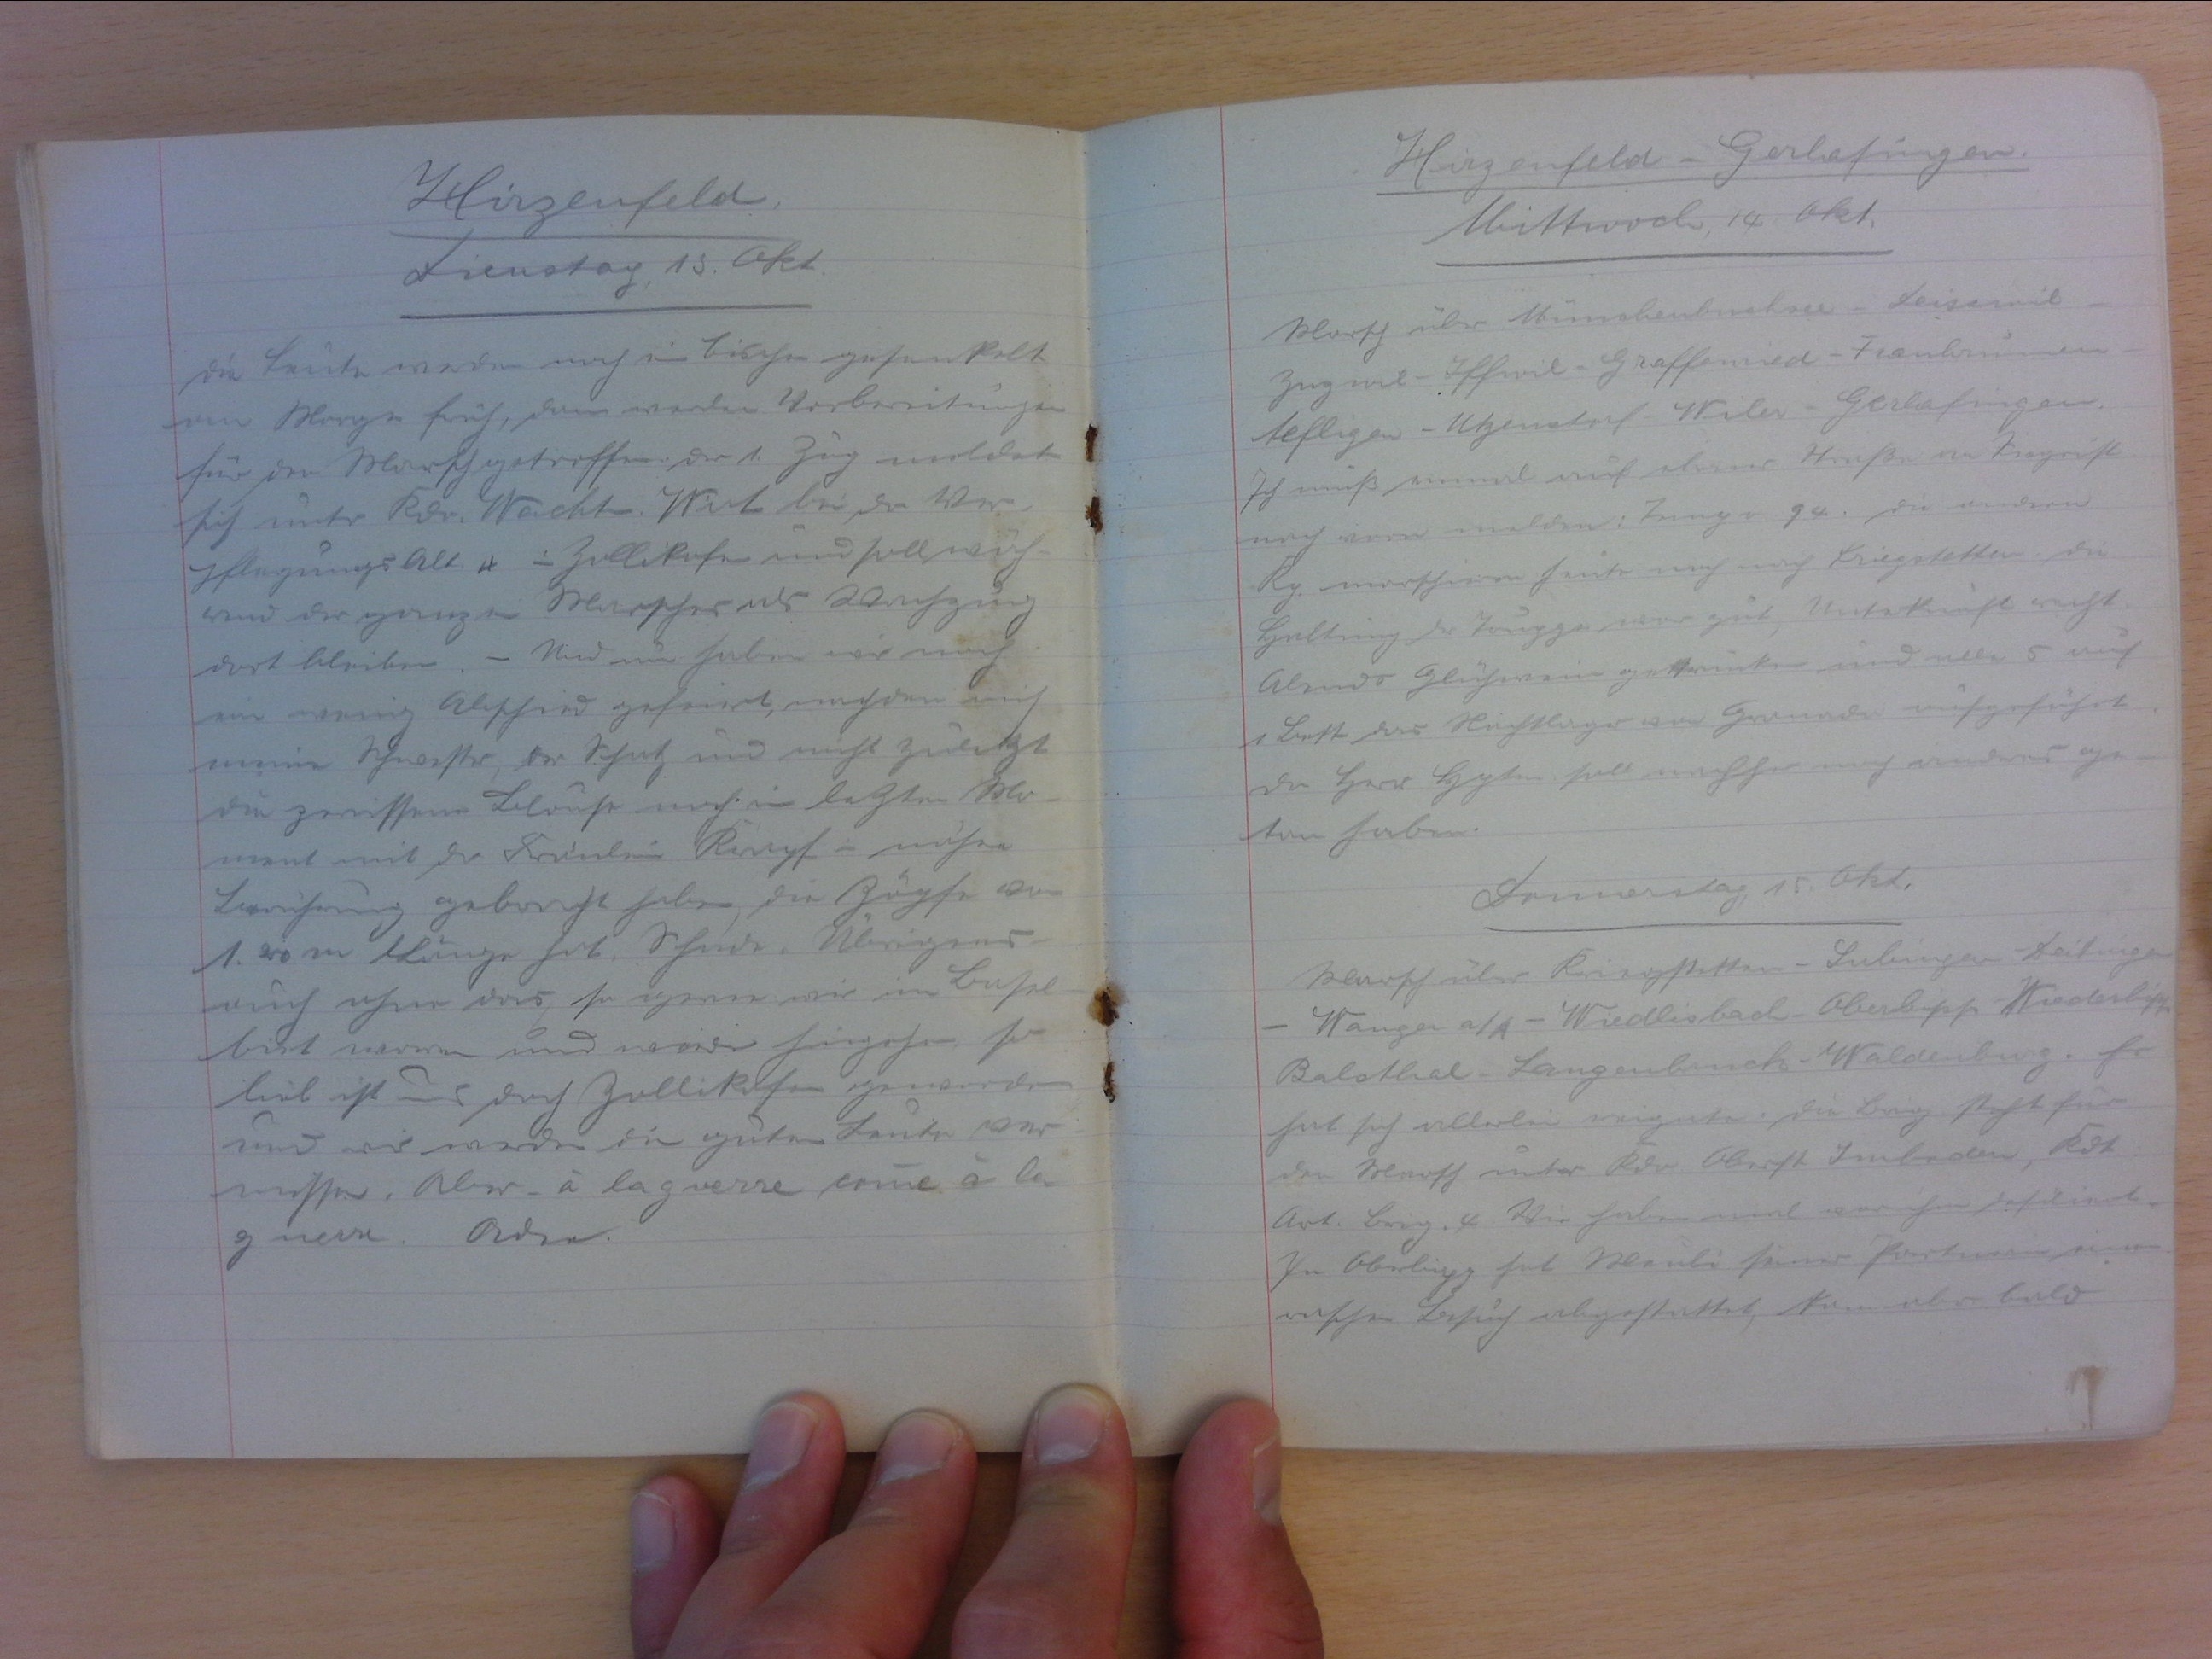
Hirzenfeld
Dienstag, 13. Okt.
Die Leute werden noch ein bischen gesenkelt.
am Morgen früh, dann werden Vorbereitungen
für den Marsch getroffen. Der 1. Zug meldet
sich unter Kdo. Wachtm. Wirt bei der Ver-
pflegungsalt. 4 in Zollikofen und soll wäh-
rend des ganzen Marsches als Wachzug
dort bleiben. - Und nun haben wir noch
ein wenig Abschied gefeiert, nachdem sich
meine Schwester, der Schatz und nicht zuletzt
die zerrissene Blouse noch im letzten Mo-
ment mit der Fräulein Krapf in nähere
Berührung gebracht habe, die Zöpfe von
1.20 m Länge hat. Schade. Übrigens
auch eher das, so gern wir im Basel-
biet waren und wieder hingehen, so
lieb ist uns doch Zollikofen geworden
und wir werden die geuten Lente ver-
missen Aber - à la guerre comme à la
guerre. Ordre.

Hirzenfeld -Gerlafingen
Mittwoch, 14. Okt.
Marsch über Münchenbuchsee - Deiserwil -
Zugwil- Iffwil - Graffenried - Fraubrunnen -
Aeflingen - Utzendorf - Wiler - Gerlafinden.
Ich muss einmal auf ebener Strasse an Siegrist-
nach vorn melden:  Jenny v. 94. Die andern
Kp. marschieren heute noch nach Kriegstetten, die
Haltung der Truppe war gut: Unterkunft recht
Abends Glühwein getrunken und alle 5 auf
1 Bett das Nachtlager war Granade aufgeführt.
Der Herr Hptm soll nachher noch anders ge-
tan haben.
Donnerstag, 15. Okt.
Marsch über Kriegstetten- Lubingen - Deitingen
- Wangen a/A - Wiedlisbach - Oberbipp - Niederbipp.
Balsthal - Langenbruck -  Waldenburg. Es
hat sich allerlei  ereignete. Die Brig. steht für
den Marsch unter Kdo Oberst Imboden, Kdt.
Art. Brig. 4. Wir haben mal vor ihm defiliert.
In Oberbipp hat Meuli seiner Partran einen
raschen Besuch abgestattet, kam aber bald